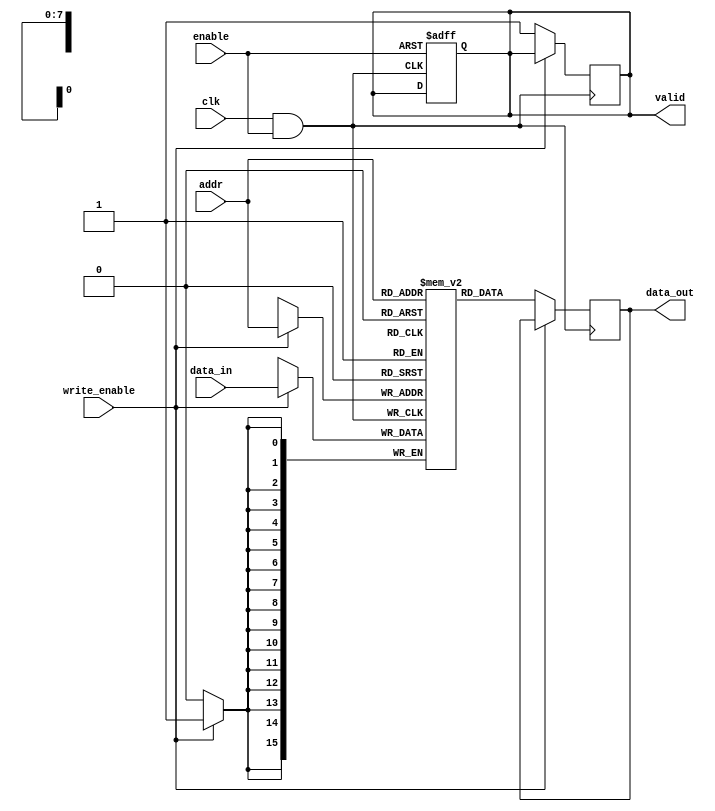
module MemoryBlock #(
    parameter ADDR_WIDTH = 8, // Address width
    parameter DATA_WIDTH = 16, // Data width
    parameter MEM_SIZE = 256   // Memory size (2^ADDR_WIDTH)
)(
    input wire clk,                  // Original clock
    input wire enable,               // Enable signal for memory block
    input wire write_enable,         // Write enable signal
    input wire [ADDR_WIDTH-1:0] addr, // Address input
    input wire [DATA_WIDTH-1:0] data_in, // Data input for write
    output reg [DATA_WIDTH-1:0] data_out, // Data output for read
    output reg valid                 // Valid signal for output
);

    // Memory array declaration
    reg [DATA_WIDTH-1:0] mem_array [0:MEM_SIZE-1];

    // Clock gating logic
    wire gated_clk;
    assign gated_clk = clk & enable; // Gated clock signal

    // Memory operation
    always @(posedge gated_clk) begin
        if (write_enable) begin
            mem_array[addr] <= data_in; // Write operation
        end
        else begin
            data_out <= mem_array[addr]; // Read operation
            valid <= 1'b1;                // Set valid signal
        end
    end

    // Reset valid signal when not in use
    always @(negedge gated_clk or posedge enable) begin
        if (enable) begin
            valid <= 1'b0; // Reset valid signal when enabled
        end
    end

endmodule